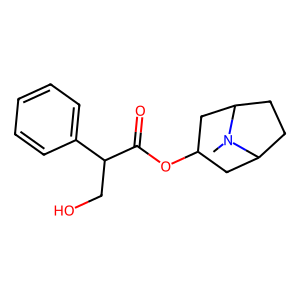
SMILES: CN1C2CCC1CC(OC(=O)C(CO)c1ccccc1)C2
Inhibits HIV replication: No